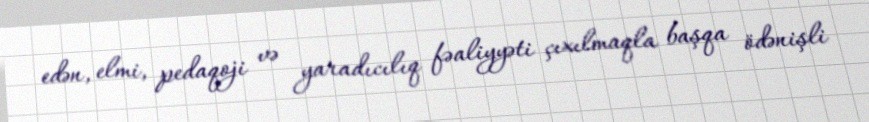
edən, elmi, pedaqoji və yaradıcılıq fəaliyyəti çıxılmaqla başqa ödənişli